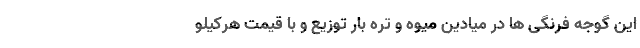
این گوجه فرنگی ها در میادین میوه و تره بار توزیع و با قیمت هرکیلو